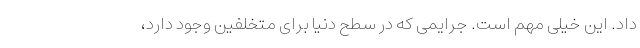
داد. این خیلی مهم است. جرایمی که در سطح دنیا برای متخلفین وجود دارد،